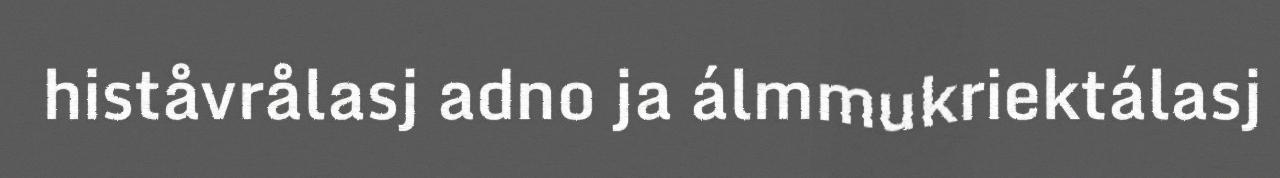
histåvrålasj adno ja álmmukriektálasj